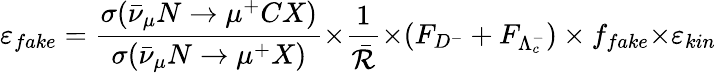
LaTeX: \varepsilon_{fake}=\frac{\sigma(\bar{\nu}_{\mu}N\rightarrow\mu^{+}CX)}{\sigma(\bar{\nu}_{\mu}N\rightarrow\mu^{+}X)}{\times}\frac{1}{\bar{\mathcal{R}}}{\times}(F_{D^{-}}+F_{\Lambda_{c}^{-}})\times f_{fake}{\times}\varepsilon_{kin}